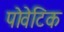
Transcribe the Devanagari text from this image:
पोवेटिक